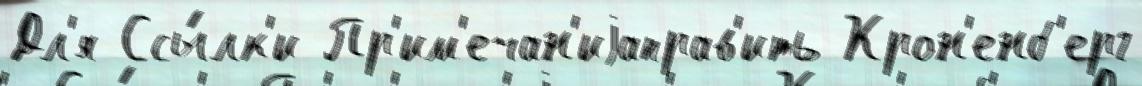
Дл'я Ссы́лк'и Пр'им'ечан'иjаправ'ить Крон'енб'ерг